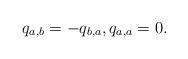
LaTeX: \begin{align*}q_{a,b}=-q_{b,a}, q_{a,a}=0.\end{align*}